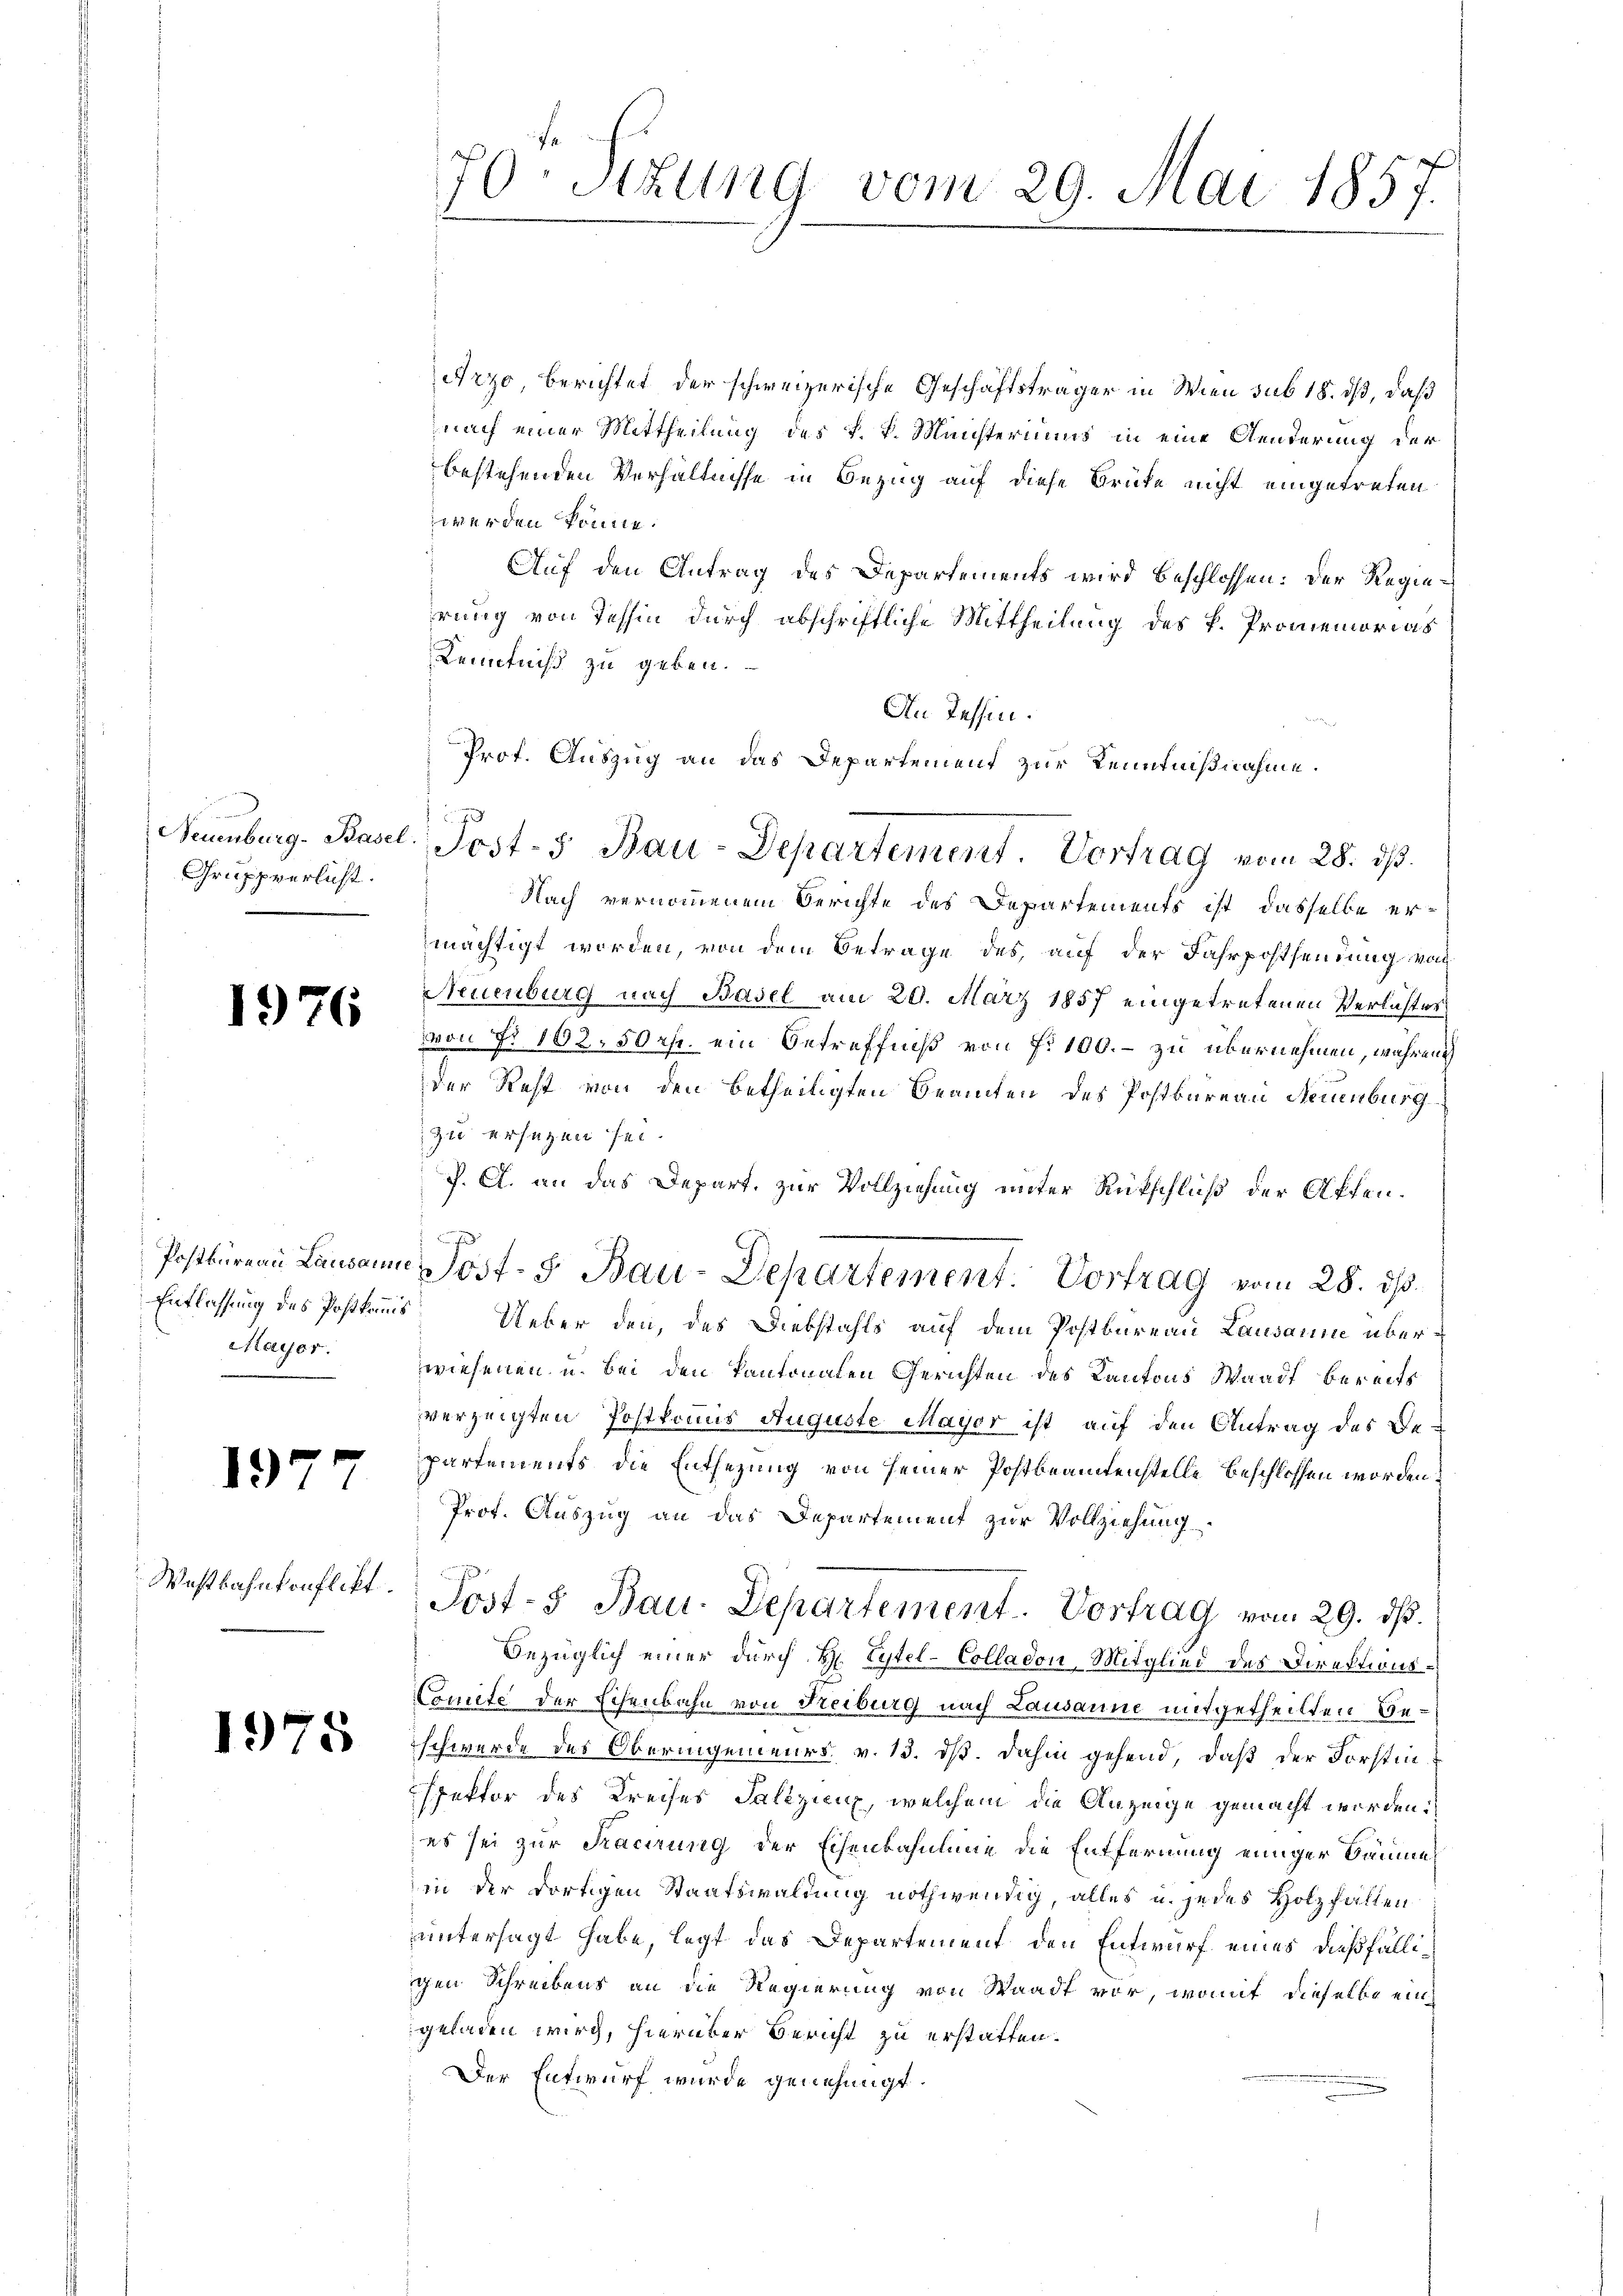
Gruppverlicht.

1976

1977

Westbahnkonflikt.

Arzo, berichtet der schweizerische Geschäftsträger in Wien sub 18. ds, daß
nach einer Mittheilung des k. k. Ministeriums in eine Aenderung der
bestehenden Verhältnisse in Bezug auf diese Brüke nicht eingetreten
werden könne.
Auf den Antrag des Departements wird beschlossen: Der Regierung von Tessin durch abschriftliche Mittheilung des k. Promemorias
Kenntniß zu geben.
An Tessin.
Nach vernommenem Berichte des Departements ist dasselbe ermächtigt worden, von dem Betrage des, auf der Fahrpostsendung von
Neuenburg nach Basel am 20. März 1857 eingetretenen Verlaster
von Nr 162, 50 r. ein Betreffniß von fr. 100. - zu übernehmen, während
der Rest von den betheiligten Beamten des Postbureau Neuenburg
zu ersagen sei.
J. A. an das Depart, zur Vollziehung unter Rückschluß der Offen.
Postbureau Lausanne Post- 5. Bau-Departement. Vortrag vom 28. ds.
Ueber den, des Diebstahls auf dem Postbureau Lausanne überwiesenen u. bei den Kantonalen Gerichten des Kantons Waadt bereits
verzeigten Postkommis Auguste Mayer ist auf den Antrag des Bepartements die Entsezung von seiner Postbeamtenstelle beschlossen worden
Prof. Auszug an das Departement zur Vollziehung.
Post- & Bau. Departement. Vortrag vom 29. dß.
Bezüglich einer durch H. Tytel-Colladon, Mitglied des Direktions¬
Comite der Eisenbahn von Freiburg nach Lausanne mitgetheilten Be¬
76 schwerde des Oberingenieurs v. 13. dß. dahin gehend, daß der Forstinspektor des Kreises Salizieux, welchem die Anzeige gemacht worden.
es sei zur Facirung der Eisenbahnman die Entfernung einiger Bäume,
in der dortigen Staatswaldung nothwendig, alles u. jedes Holzfällen
untersagt habe, legt das Departement den Entwurf eines dießfälligen Schreibens an die Regierung von Waadt vor, womit dieselbe ein
geladen wird, hierüber Bericht zu erstatten.
Der Entwurf wurde genehmigt.

Entlassung des Postkommis
Mayer.

70. Sizung vom 29. Mai 1857.

Prof. Auszug an das Departement zur Kenntnißnahme.
1
Neuenburg. Basel, Josts Bau-Departement. Vortrag vom 28. dβ.